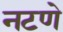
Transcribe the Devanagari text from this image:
नटणे